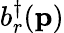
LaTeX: b_{r}^{\dagger}(\mathbf{p})